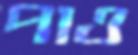
পাও